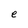
Character: e